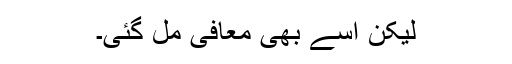
لیکن اسے بھی معافی مل گئی۔